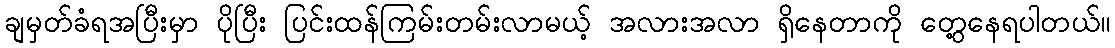
ချမှတ်ခံရအပြီးမှာ ပိုပြီး ပြင်းထန်ကြမ်းတမ်းလာမယ့် အလားအလာ ရှိနေတာကို တွေ့နေရပါတယ်။